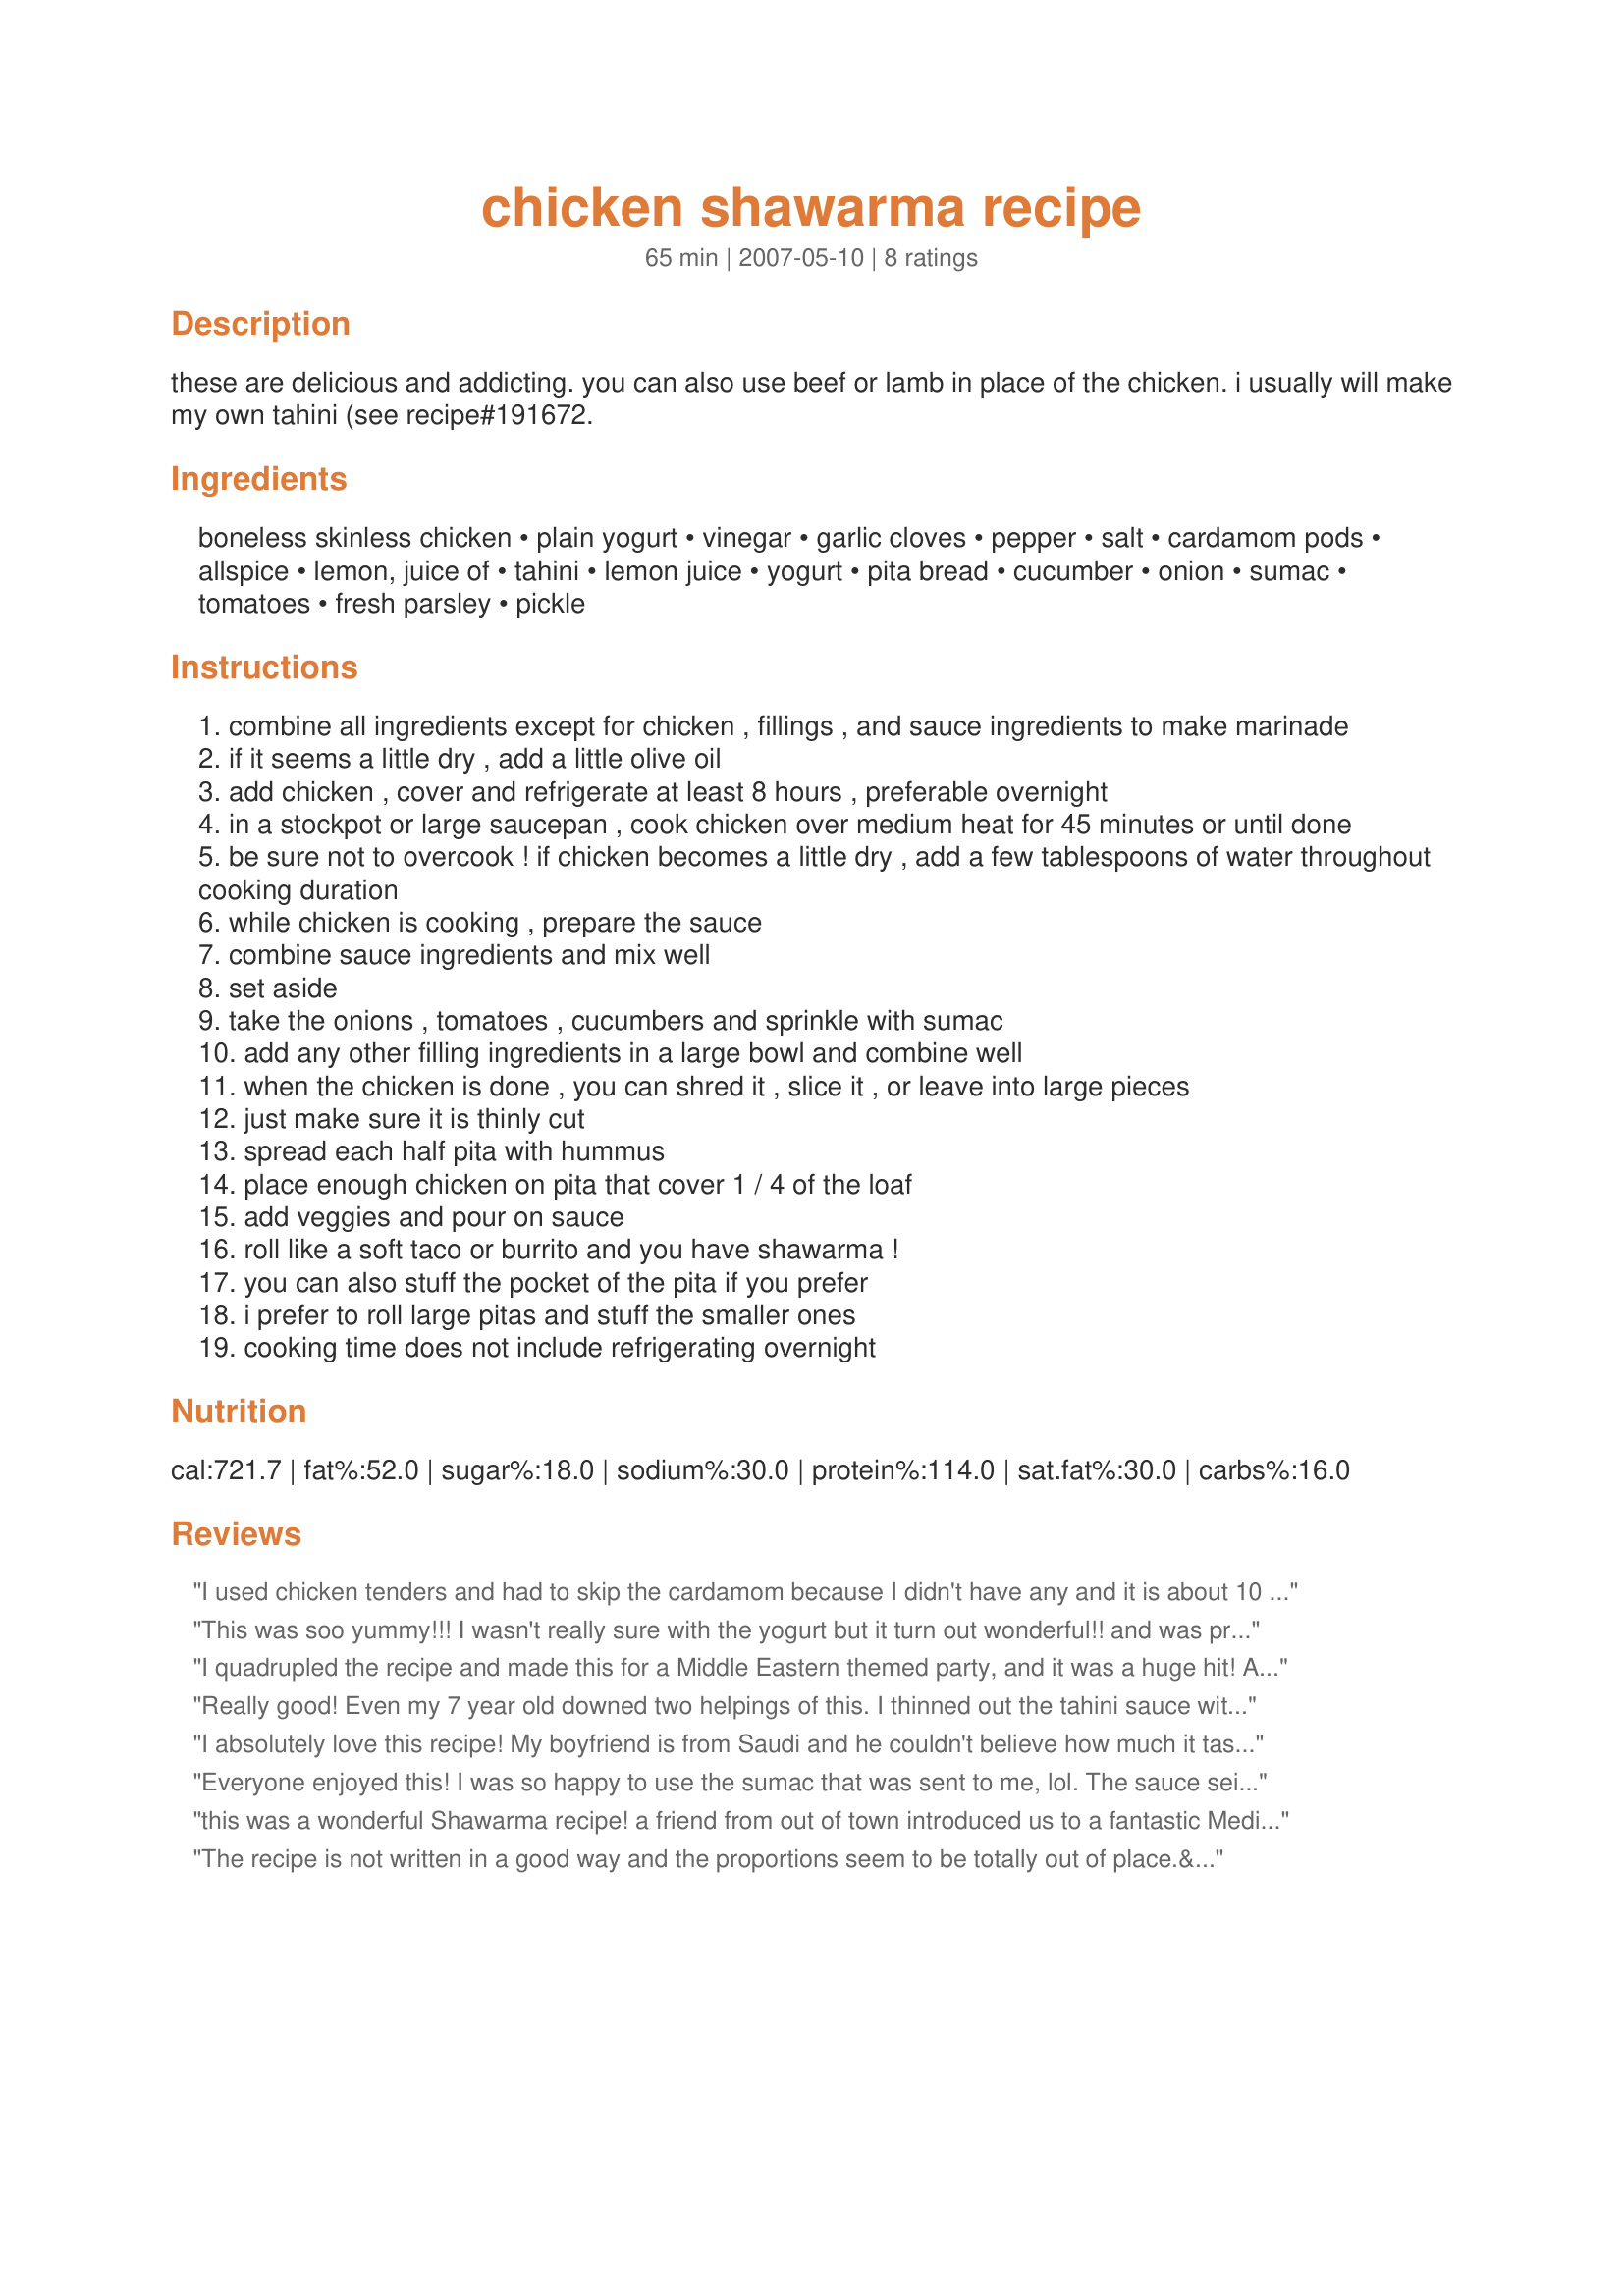
chicken shawarma recipe
Preparation time: 65 minutes

these are delicious and addicting. you can also use beef or lamb in place of the chicken. i usually will make my own tahini (see recipe#191672.

Ingredients:
boneless skinless chicken, plain yogurt, vinegar, garlic cloves, pepper, salt, cardamom pods, allspice, lemon, juice of, tahini, lemon juice, yogurt, pita bread, cucumber, onion, sumac, tomatoes, fresh parsley, pickle

Steps:
combine all ingredients except for chicken , fillings , and sauce ingredients to make marinade
if it seems a little dry , add a little olive oil
add chicken , cover and refrigerate at least 8 hours , preferable overnight
in a stockpot or large saucepan , cook chicken over medium heat for 45 minutes or until done
be sure not to overcook ! if chicken becomes a little dry , add a few tablespoons of water throughout cooking duration
while chicken is cooking , prepare the sauce
combine sauce ingredients and mix well
set aside
take the onions , tomatoes , cucumbers and sprinkle with sumac
add any other filling ingredients in a large bowl and combine well
when the chicken is done , you can shred it , slice it , or leave into large pieces
just make sure it is thinly cut
spread each half pita with hummus
place enough chicken on pita that cover 1 / 4 of the loaf
add veggies and pour on sauce
roll like a soft taco or burrito and you have shawarma !
you can also stuff the pocket of the pita if you prefer
i prefer to roll large pitas and stuff the smaller ones
cooking time does not include refrigerating overnight

Reviews:
I used chicken tenders and had to skip the cardamom because I didn't have any and it is about 10 bucks a bottle. It was still good w/o it! I was really worried at first because when I took the chicken out of the bag it was marinating in, it smelled horrible (mostly b/c of the vinegar)! But once it started cooking, it smelled great and turned out wonderfully. The marinade made a tasty coating on the chicken. I didn't cut the tenders before cooking them, and they only cooked for about 15 minutes on medium heat before they were done (flipped halfway through). I used roasted garlic hummus instead of the sauce. I topped the wraps (I used tortillas) with chopped red onion, sliced cucumbers, halved grape tomatoes, and feta cheese. It was so yummy!
This was soo yummy!!! I wasn't really sure with the yogurt but it turn out wonderful!! and was pretty quick to make!.. Would reccomend this to all.
I quadrupled the recipe and made this for a Middle Eastern themed party, and it was a huge hit! Almost everyone asked for the recipe, and there was none left. I made my own tahini, and the sauce was amazing. It looked like someone had licked the bowl clean! Thanks!
Really good! Even my 7 year old downed two helpings of this. I thinned out the tahini sauce with a bit more yogurt, but that's just personal preference. Seasonings were very pleasant and chicken nice and tender. Thanks for posting!
I absolutely love this recipe! My boyfriend is from Saudi and he couldn't believe how much it tastes like the Shawarma he grew up with. I usually shred the chicken and it absorbs the flavor much better. Garlic mayo and warm pita are a must for this dish. Thank you for sharing!
Everyone enjoyed this! I was so happy to use the sumac that was sent to me, lol. The sauce seized up like concrete when I combined the tahini with the yogurt & lemon juice so it was more like a spread than a sauce. DH thought it needed more garlic. But hey, there are NO LEFTOVERS!!! Thanks, Ann! Made for ZWT3 NA*ME Challenge.
this was a wonderful Shawarma recipe! a friend from out of town introduced us to a fantastic Mediterranean deli near where she lives that serves it and ever since I've been trying to replicate it at home. this comes the closest to what i know it should taste like. i used a mix of chicken thighs and breasts and wrapped the cooked chicken up in warmed pitas with garlic mayo, pickles, lettuce, onion, tomato and cucumber. my family devoured every drop, nothing left over at all
The recipe is not written in a good way and the proportions seem to be totally out of place.&lt;br/&gt;&lt;br/&gt;1 cup of Tahini with 2 tbsp of yoghurt does not make a sauce, it is concrete!&lt;br/&gt;You definitely don&#039;t need 45 minutes to cook a chicken that has been marinated and in thin cuts. it takes more like 5-10 min.
